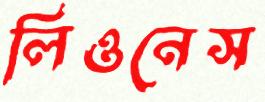
লিওনেস